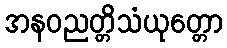
အနဝညတ္တိသံယုတ္တော